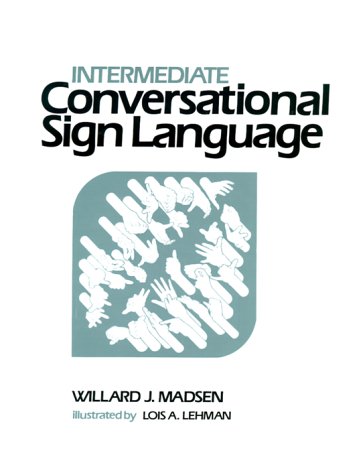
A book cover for Intermediate Conversational Sign Language; Willard Madsen; Reference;